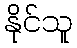
နိုင်သူ